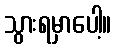
သွားရမှာပေါ့။